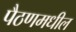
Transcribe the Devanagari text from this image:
पैठणमधील